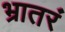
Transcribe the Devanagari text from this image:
भ्रातरं